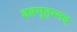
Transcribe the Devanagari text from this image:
इब्नमुहम्मद